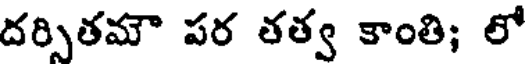
దర్సితమౌ పర తత్వ కాంతి; లో